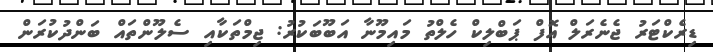
ޑިރެކްޓަރު ޖެނެރަލް އޮފް ޕަބްލިކް ހެލްތު މައިމޫނާ އަބޫބަކުރު: ޖިމްތަކާއި ސެލޫންތައް ބަންދުކުރަން